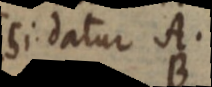
si datur A.